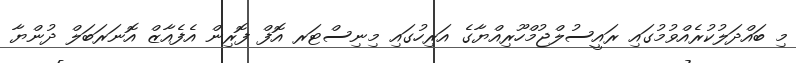
މި ބައްދަލުކުރެއްވުމުގައި ރައީސުލްޖުމްހޫރިއްޔާގެ އަރިހުގައި މިނިސްޓަރ އޮފް ފޮރިން އެފެއާޒް އޮނަރަބަލް ދުންޔާ